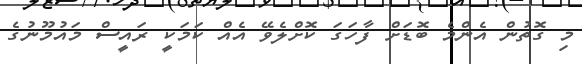
މި ގޮތުން އެންމެ ބޮޑަށް ފާހަގަ ކޮށްލެވޭ އެއް ކަމަކީ ރައީސް މައުމޫނުގެ